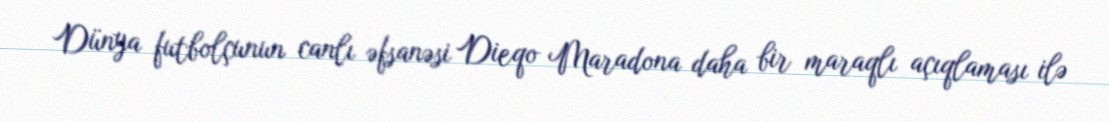
Dünya futbolçunun canlı əfsanəsi Dieqo Maradona daha bir maraqlı açıqlaması ilə